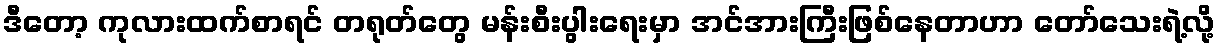
ဒီတော့ ကုလားထက်စာရင် တရုတ်တွေ မန်းစီးပွါးရေးမှာ အင်အားကြီးဖြစ်နေတာဟာ တော်သေးရဲ့လို့